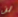
لن